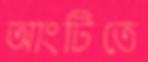
আংটিতে